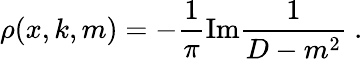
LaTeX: \rho(x,k,m)=-\frac{1}{\pi}\mathrm{{Im}}\frac{1}{D-m^{2}}\ .